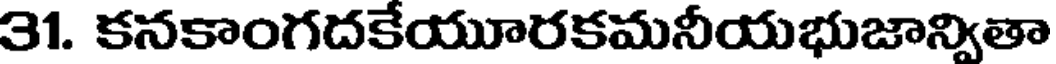
31. కనకాంగదకేయూరకమనీయభుజాన్వితా